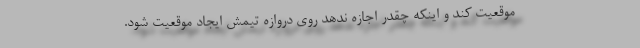
موقعیت کند و اینکه چقدر اجازه ندهد روی دروازه تیمش ایجاد موقعیت شود.